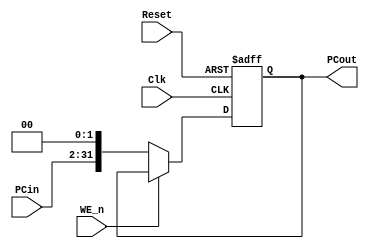
module PC(PCin, PCout, Clk, Reset, WE_n);

input [29:0]  PCin;
input Clk;
input Reset;
input WE_n;
output reg [31:0]  PCout;

always @(posedge Clk,negedge Reset) begin
	if (~Reset) PCout <= 32'b0;
	else if(~WE_n) PCout <= {PCin, 2'b00};	
end

endmodule